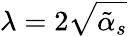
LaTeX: \lambda=2\sqrt{\tilde{\alpha}_{s}}